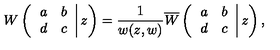
W \left( \left. \begin{array} { c c } { a } & { b } \\ { d } & { c } \\ \end{array} \right| z \right) = \frac { 1 } { w ( z , w ) } \overline { { W } } \left( \left. \begin{array} { c c } { a } & { b } \\ { d } & { c } \\ \end{array} \right| z \right) ,